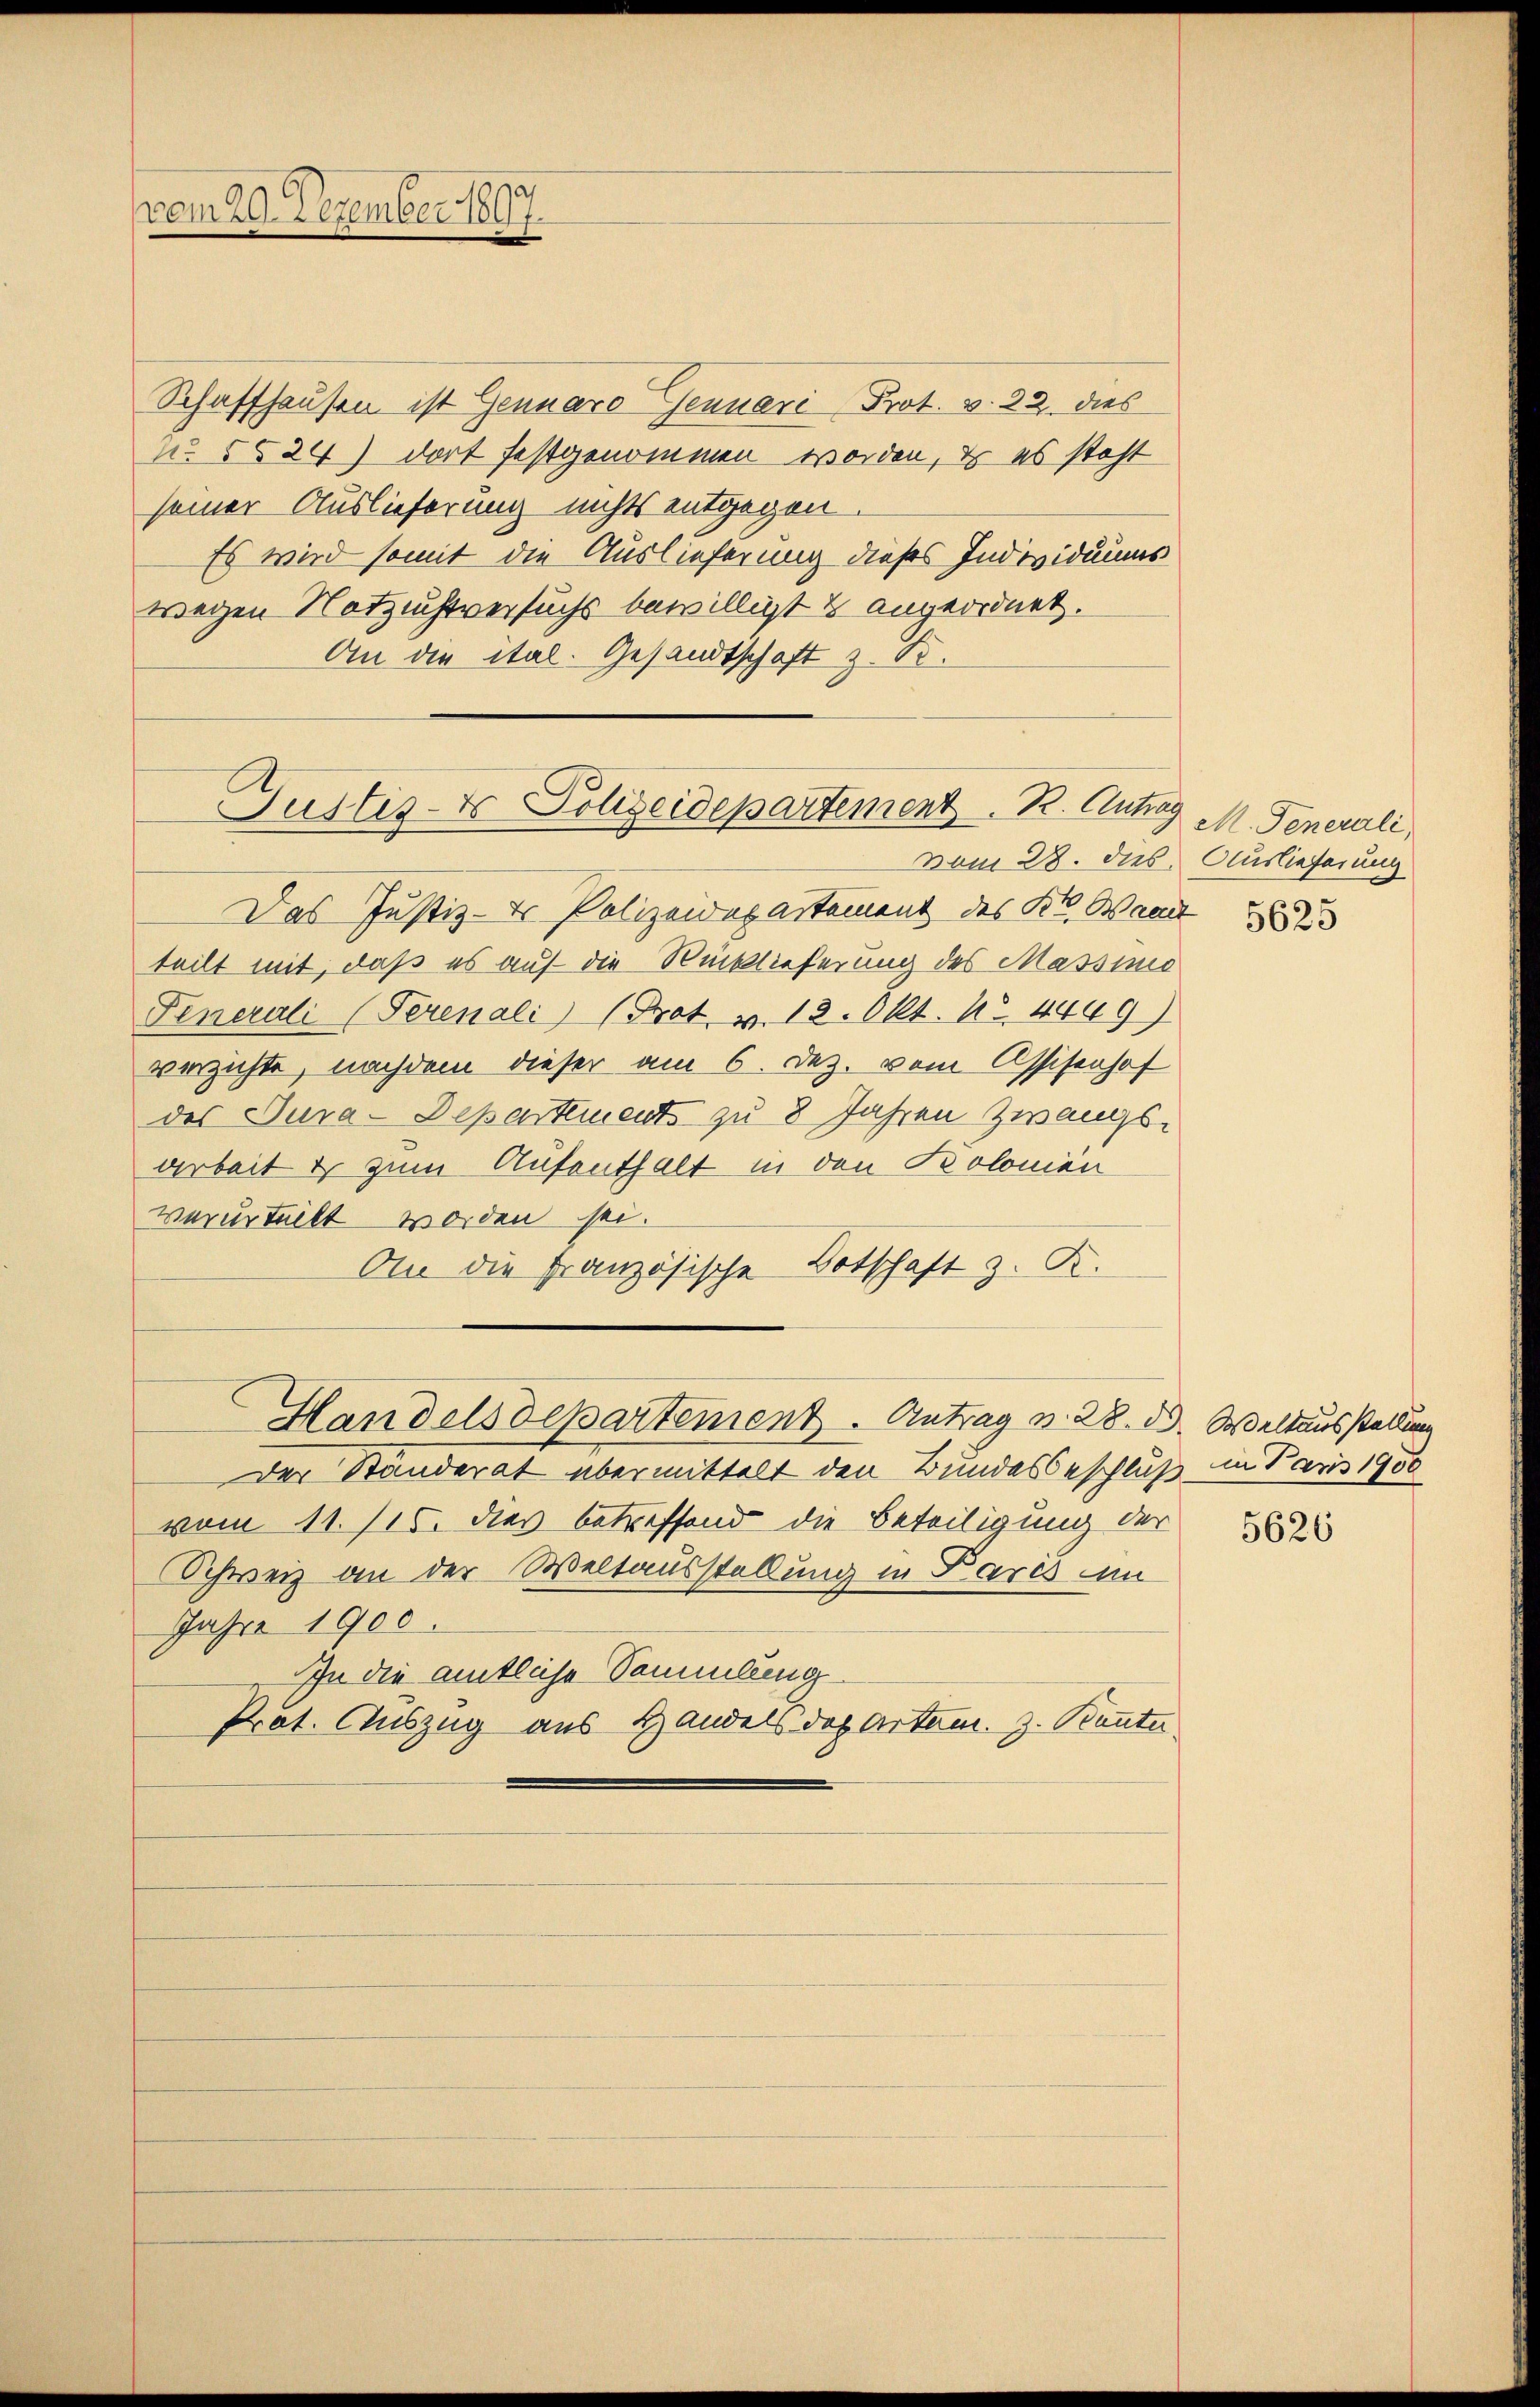
vom 29. Dezember 1897.

Schaffhausen ist Genuaro Jenneri Prot. v. 22. dies
No 5524) dort festgenommen worden, es es steht
seiner Auslieferung nichts entgegen
Es wird somit die Auslieferung dieses Individuums
wegen Notzuchtversuchs bewilligt & angeordnet.
An die ital. Gesandtschaft z. B.

Justiz- & Polizeidepartement. B. Antrag M. Generali,

vom 28. dies Auslieferung
Das Justiz- & Polizeidepartement des Kt. Wand
teilt mit, daß es auf die Rücklieferung des Massis
Fenerali (Perenali) (Prot. v. 13. Okt. No. 4469)
verzichte, nachdem dieser am 6. Dez. vom Assisenhof
des Tura-Departements zu 8 Jahren Zwangsarbeit & zum Aufenthalt in den Kolonien
verurteilt worden sei.
An die Französische Botschaft z. R.
Handelsdepartement. Antrag v. 28. ds. Weltausstellung
Der Standerat übermittelt den Bundesbeschluß in Paris 1900
vom 11. 115. dies betreffend die Beteiligung der
Schweiz an der Weltausstellung in Pares am
Jahre 1900.
In die amtliche Sammlung
Prat. Auszug aus Handels des Arten. Z. Bannte

5625

5626